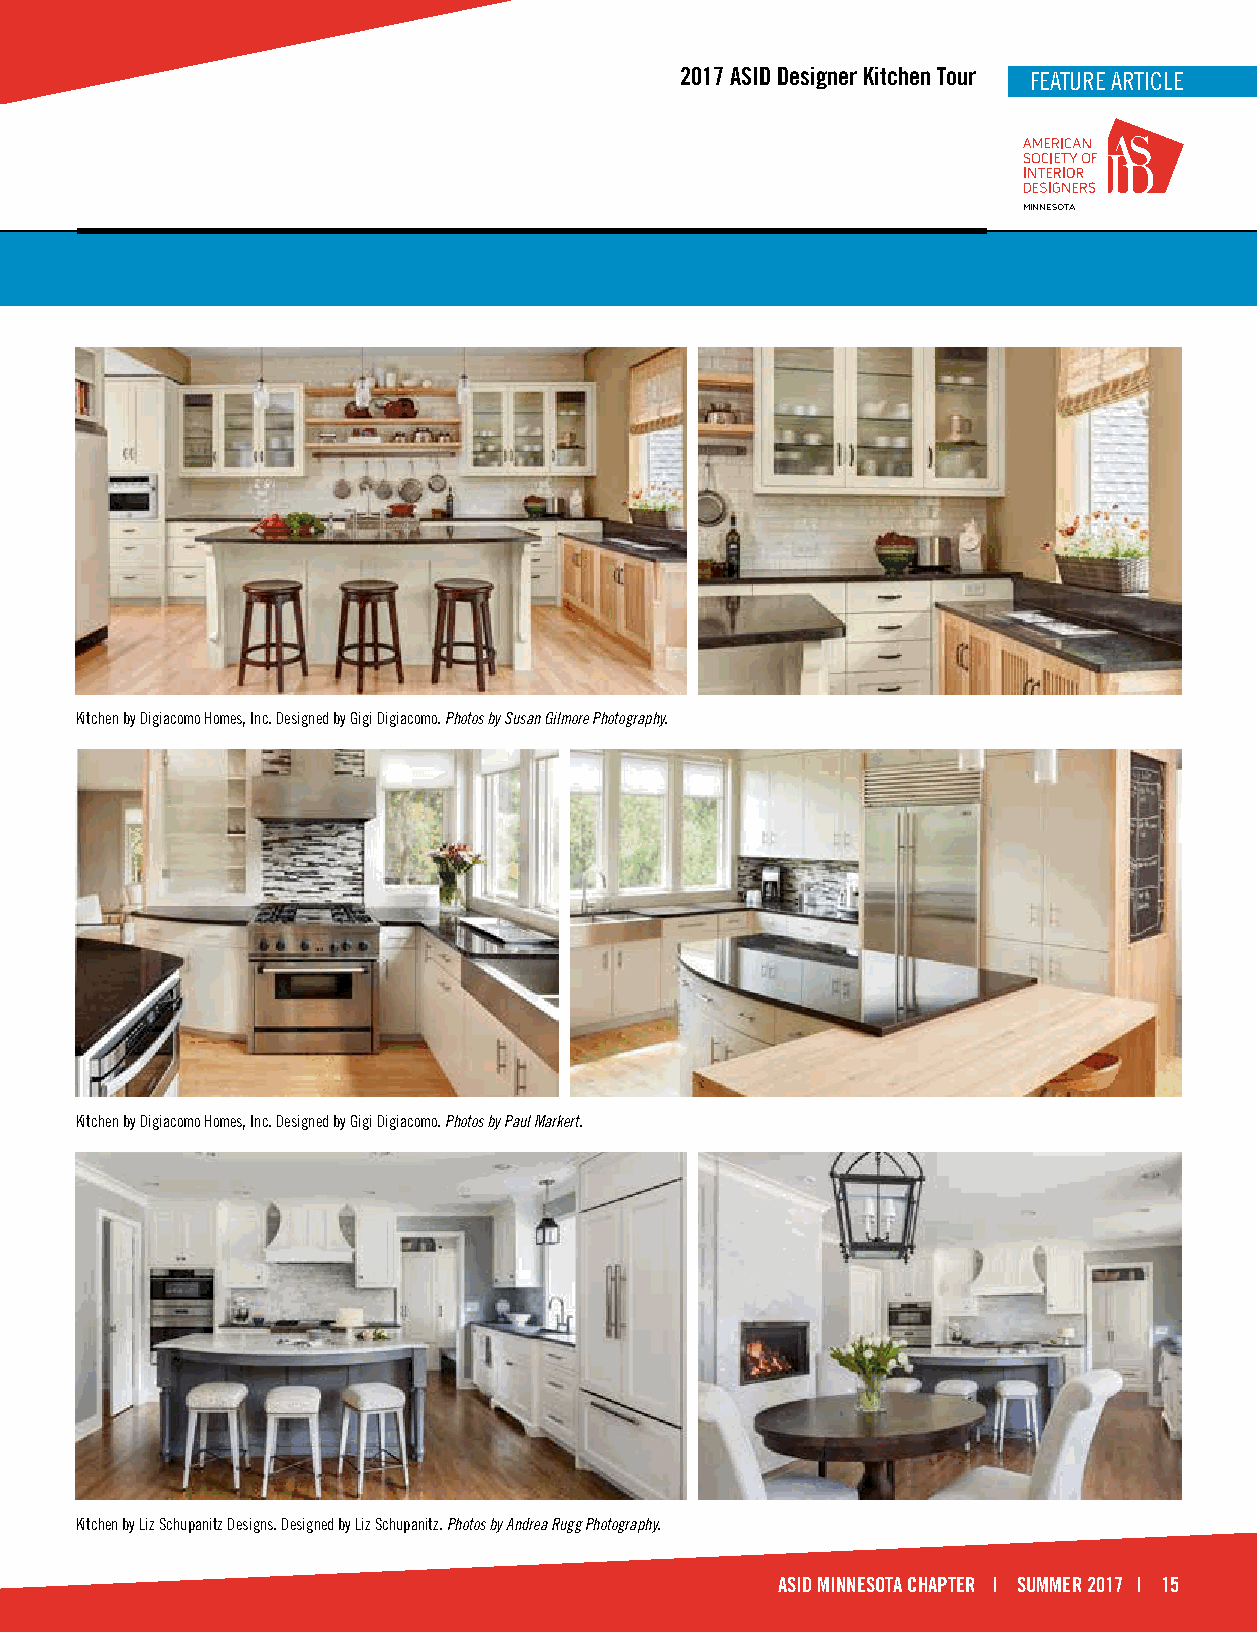
2017 ASID Designer Kitchen Tour FFEEAATTUURREE AARRTTIICCLLEE
 MINNESOTA
 Kitchen by Digiacomo Homes, Inc. Designed by Gigi Digiacomo. Photos by Susan Gilmore Photography.
 Kitchen by Digiacomo Homes, Inc. Designed by Gigi Digiacomo. Photos by Paul Markert.
 Kitchen by Liz Schupanitz Designs. Designed by Liz Schupanitz. Photos by Andrea Rugg Photography.
 ASID MINNESOTA CHAPTER | SUMMER 2017 | 15